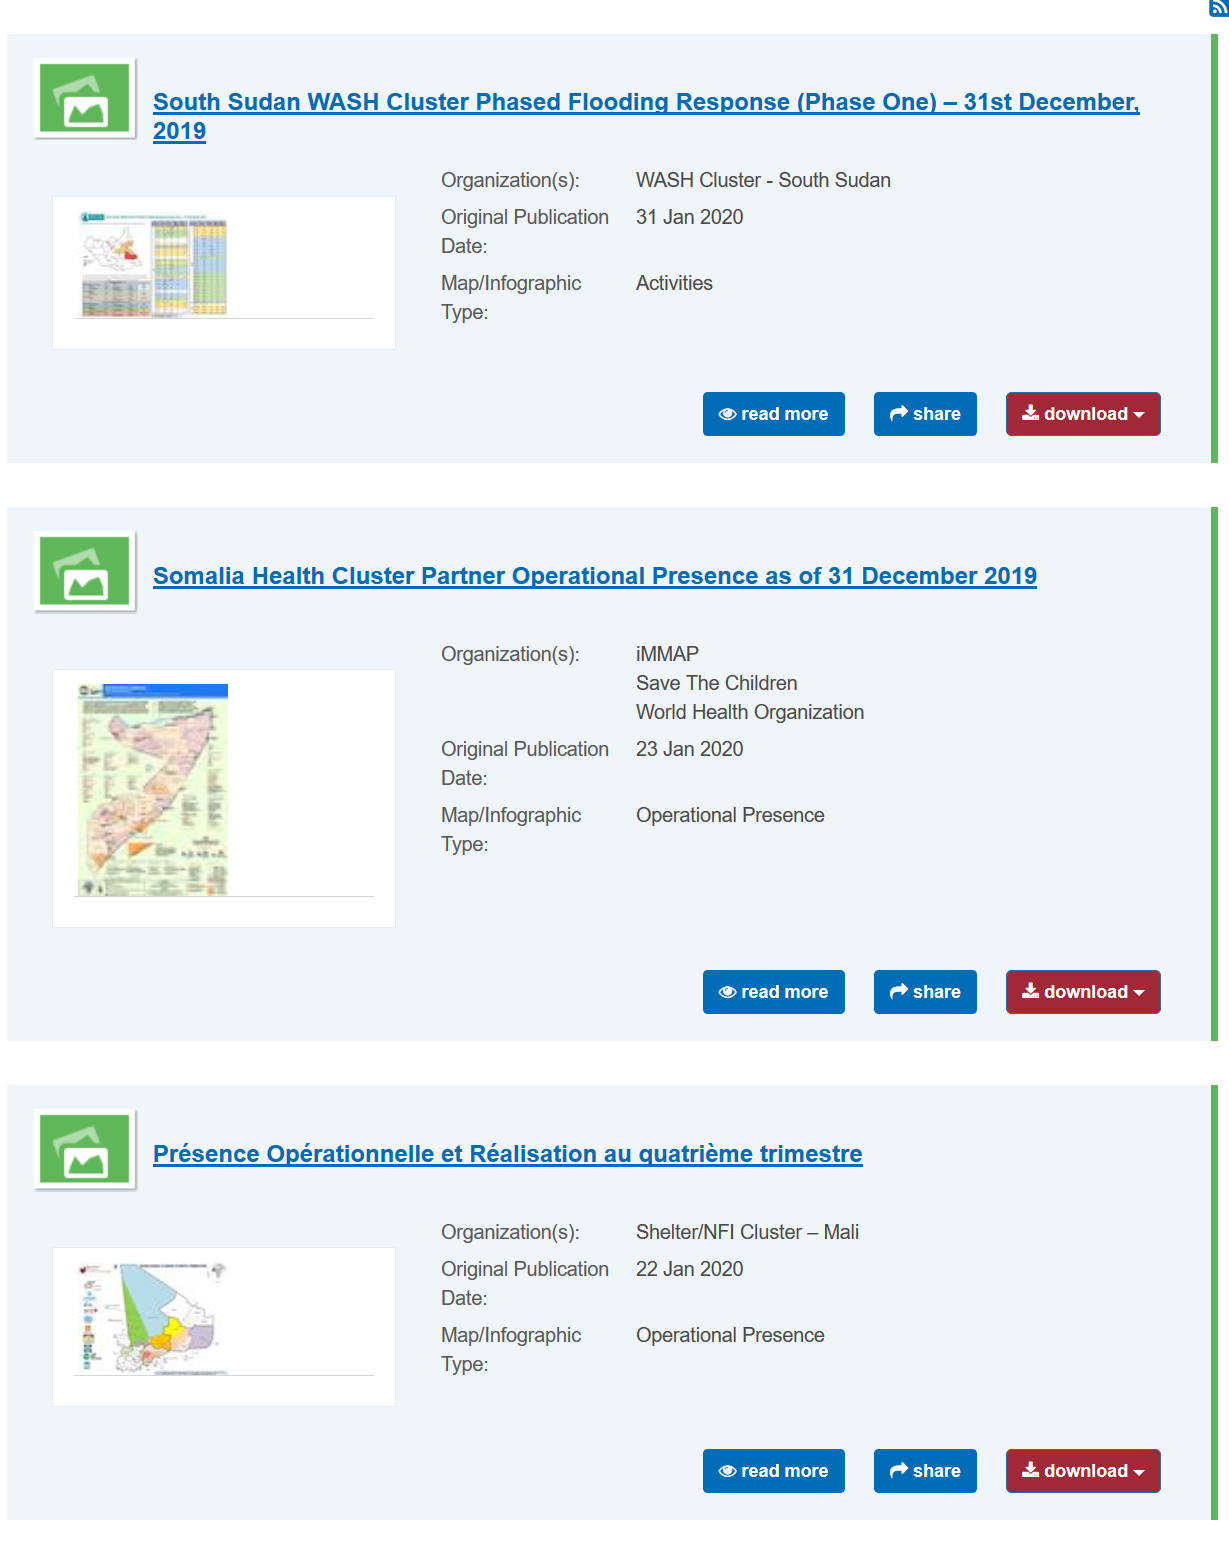
South Sudan WASH Cluster Phased Flooding Response (Phase One) —
     31st December,
     2019
   a
     @ read more    +. download
     lay    Petes
     Jrganization(s): WASH Cluster
     -
     South sudan
     Original Publication 31 Jan 2020
     Date:
     Viap/Infographic Activities
     Type:
     Organization(s): iMMAP-
     Save The Children
     World Health Organization
     Original Publication 23 Jan 2020
     Date:
     Map/Infographic Operational Presence
     Type:
  a |
     Somalia Health Cluster Partner Operational Presence as of 31 December 2019
     Présence Opérationnelle et Réalisation au quatriéme trimestre
     Organization(s): Shelter/NFI Cluster
     —
     Mali
     Original Publication 22 Jan 2020
     Date:
     Map/Infographic Operational Presence
     Type:
     | BT lt